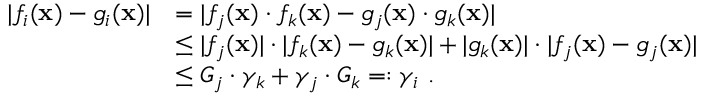
\begin{array} { r l } { | f _ { i } ( \mathbf x ) - g _ { i } ( \mathbf x ) | } & { = | f _ { j } ( \mathbf x ) \cdot f _ { k } ( \mathbf x ) - g _ { j } ( \mathbf x ) \cdot g _ { k } ( \mathbf x ) | } \\ & { \le | f _ { j } ( \mathbf x ) | \cdot | f _ { k } ( \mathbf x ) - g _ { k } ( \mathbf x ) | + | g _ { k } ( \mathbf x ) | \cdot | f _ { j } ( \mathbf x ) - g _ { j } ( \mathbf x ) | } \\ & { \le G _ { j } \cdot \gamma _ { k } + \gamma _ { j } \cdot G _ { k } = : \gamma _ { i } ~ . } \end{array}